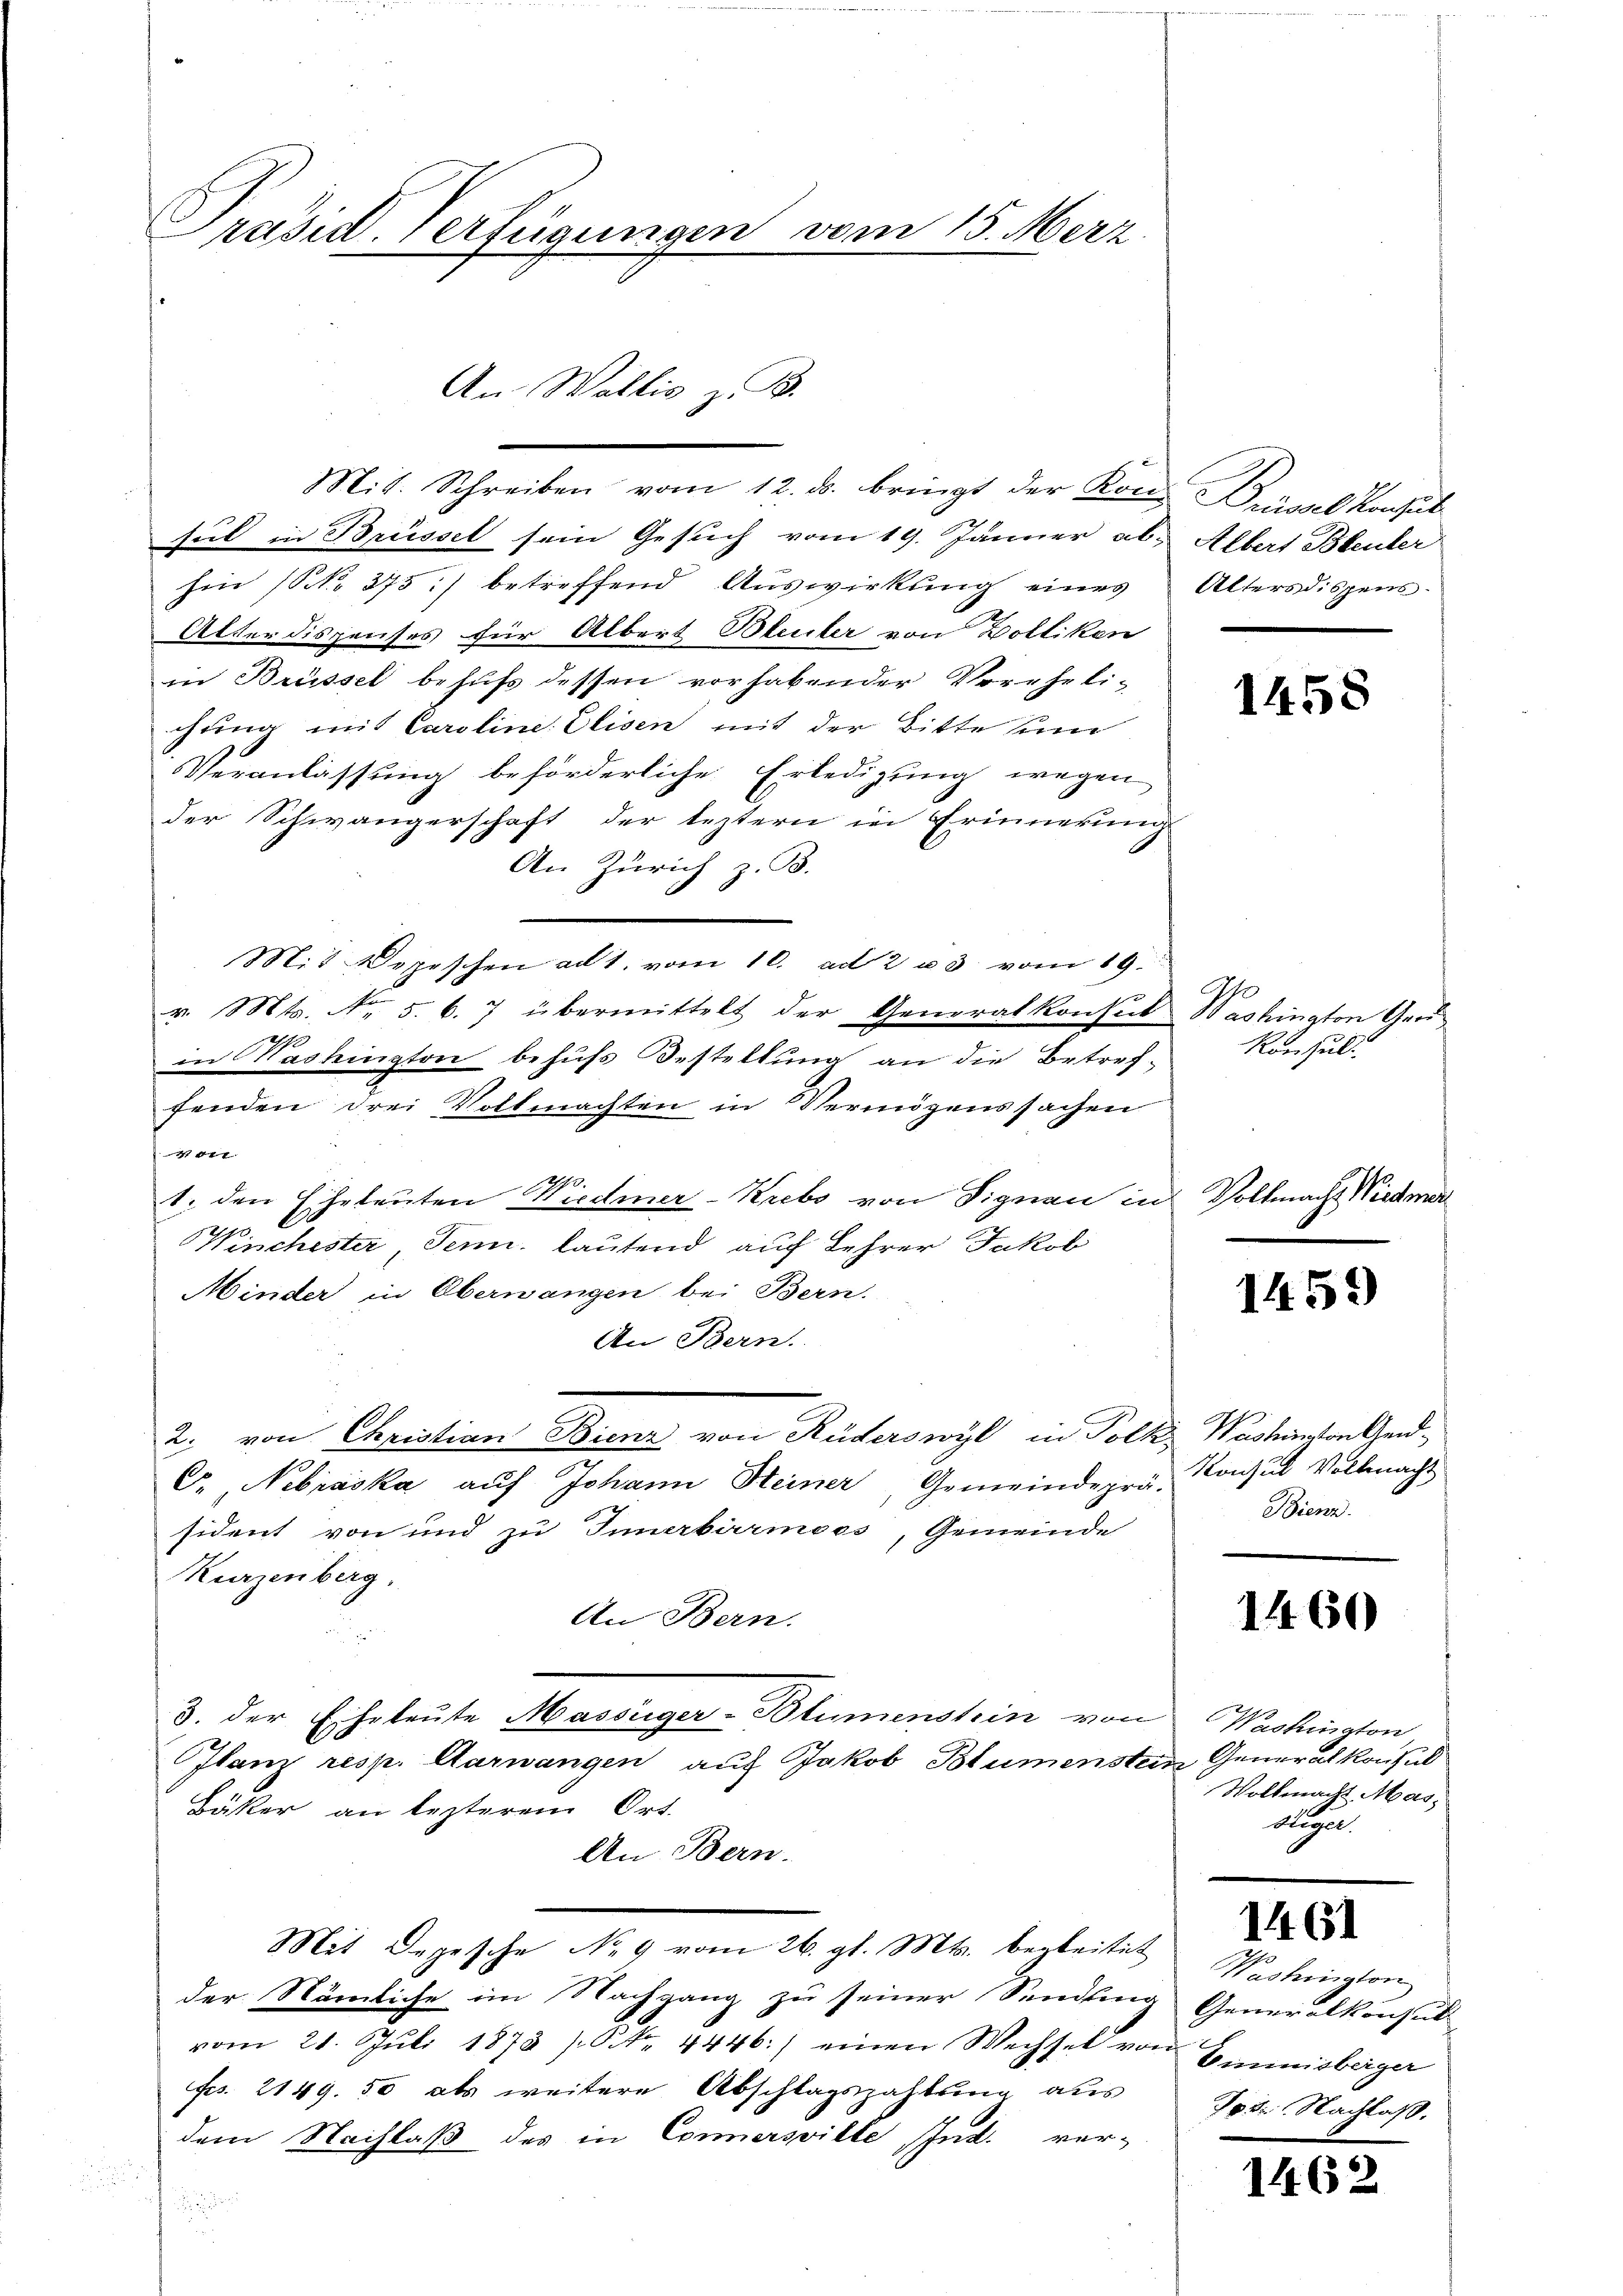
Präsid. Verfügungen vom 15. Merz

Mit. Schreiben vom 12. ds. bringt der Kon- Brüssel Konsul
seil in Brüssel sein Gesuch vom 19. Jänner ab. Albert Bleuler
hin (S. 375 :/ betreffend Auswirkung eines Altersdispens¬
Alter dispenses für Albert Bleuler von Zolliken
in Brüssel behufs dessen vorhabender Verehelichung mit Caroline Elisen mit der Bitte sin
Veranlassung beförderliche Erledigung wegen
der Schwängerschaft der leztern in Erinnerung
An Zürich z. B.
Mit Depeschen ad 1. vom 10. ad 2 u 3 vom 19.
v. Mts. No. 5. 6. 7 übermittelt der Generalkonsul Washington Ger
A
in Washington behufs Bestellung an die Betref-
fenden drei Vollmachten in Vermögenssachen
44 x
1. den Eheleuten Wiedmer-Krebs von Signau in Vollmacht Wiedmer
70.
Winchester, Senn, lautend auf Lehrer Jakob
Minder in Obernangen bei Bern.
An Bern.
2. von Christian Bienz von Rüderswyl in Polk, Washington Gend¬
C. Nobraska auf Johann Heiner, Gemeindeprä-
sident von und zu Innerbärmoos, Gemeinde
Kurzenberg.
An Bern.
3. der Eheleute Massiger-Blumenstein von Washington
Ilanz resp. Aarwangen auf Jakob Blumenstein Generalkonsul
Bäker an lezterem Ort.
An Bern.
Mit Depesche No 9 vom 26. gl. Mts. begleitet
der Nämliche im Nachgang zu seiner Sendling Generalkonsult
vom 21. Jŭli 1873 /: NNo. 4446.) einen Wechsel von Einmisberger
Frs. 2149. 50 als weitere Abschlagszahlung aus
dem Nachlaß des in Connersville Jud. ver-

An Wallis z. B.

1458

Konsul

1459)

Konsul Vollmacht
Bienz.

1460

Woltmacht Mas
Hegel.

1461

Washington
p. Nachlaß.

1462